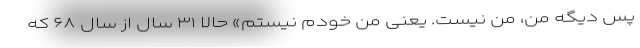
پس دیگه من، من نیست. یعنی من خودم نیستم» حالا ۳۱ سال از سال ۶۸ که